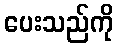
ပေးသည်ကို